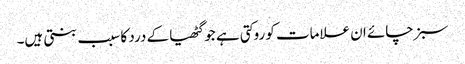
سبز چائے ان علامات کو روکتی ہے جو گٹھیا کے درد کا سبب بنتی ہیں۔